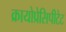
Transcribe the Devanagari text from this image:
क्रायोप्रेसिपीटेट